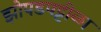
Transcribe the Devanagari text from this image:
झोपडपट्टीळा